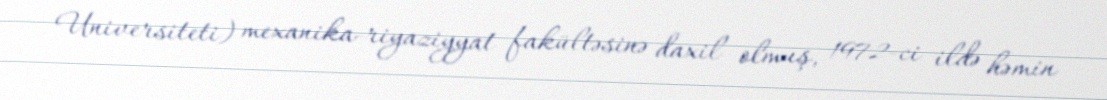
Universiteti) mexanika-riyaziyyat fakültəsinə daxil olmuş, 1972-ci ildə həmin